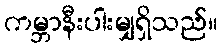
ကမ္ဘာနီးပါးမျှရှိသည်။